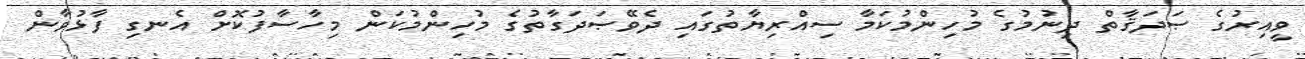
ވީއިރުގެ ޞަދަޤާތް ދިނުމުގެ މުހިންމުކަމާ ސިއްރިޔާތުގައި ދެވޭޞަދަގާތުގެ މުހިންމުކަން މިހާސާފުކޮށް އެނގި ފާޅުވާން